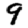
Digit: 9